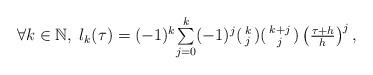
LaTeX: \begin{align*} \begin{array}{c} \forall k\in\mathbb{N},\; l_k(\tau) = (-1)^k\overset{k}{\underset{j=0}{\sum}}(-1)^j(\begin{smallmatrix}k\\j\end{smallmatrix})(\begin{smallmatrix}k+j\\j\end{smallmatrix})\left(\frac{\tau+h}{h}\right)^j,\end{array}\end{align*}